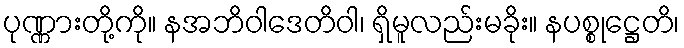
ပုဏ္ဏားတို့ကို။ နအဘိဝါဒေတိဝါ၊ ရှိမူလည်းမခိုး။ နပစ္စုဋ္ဌေတိ၊